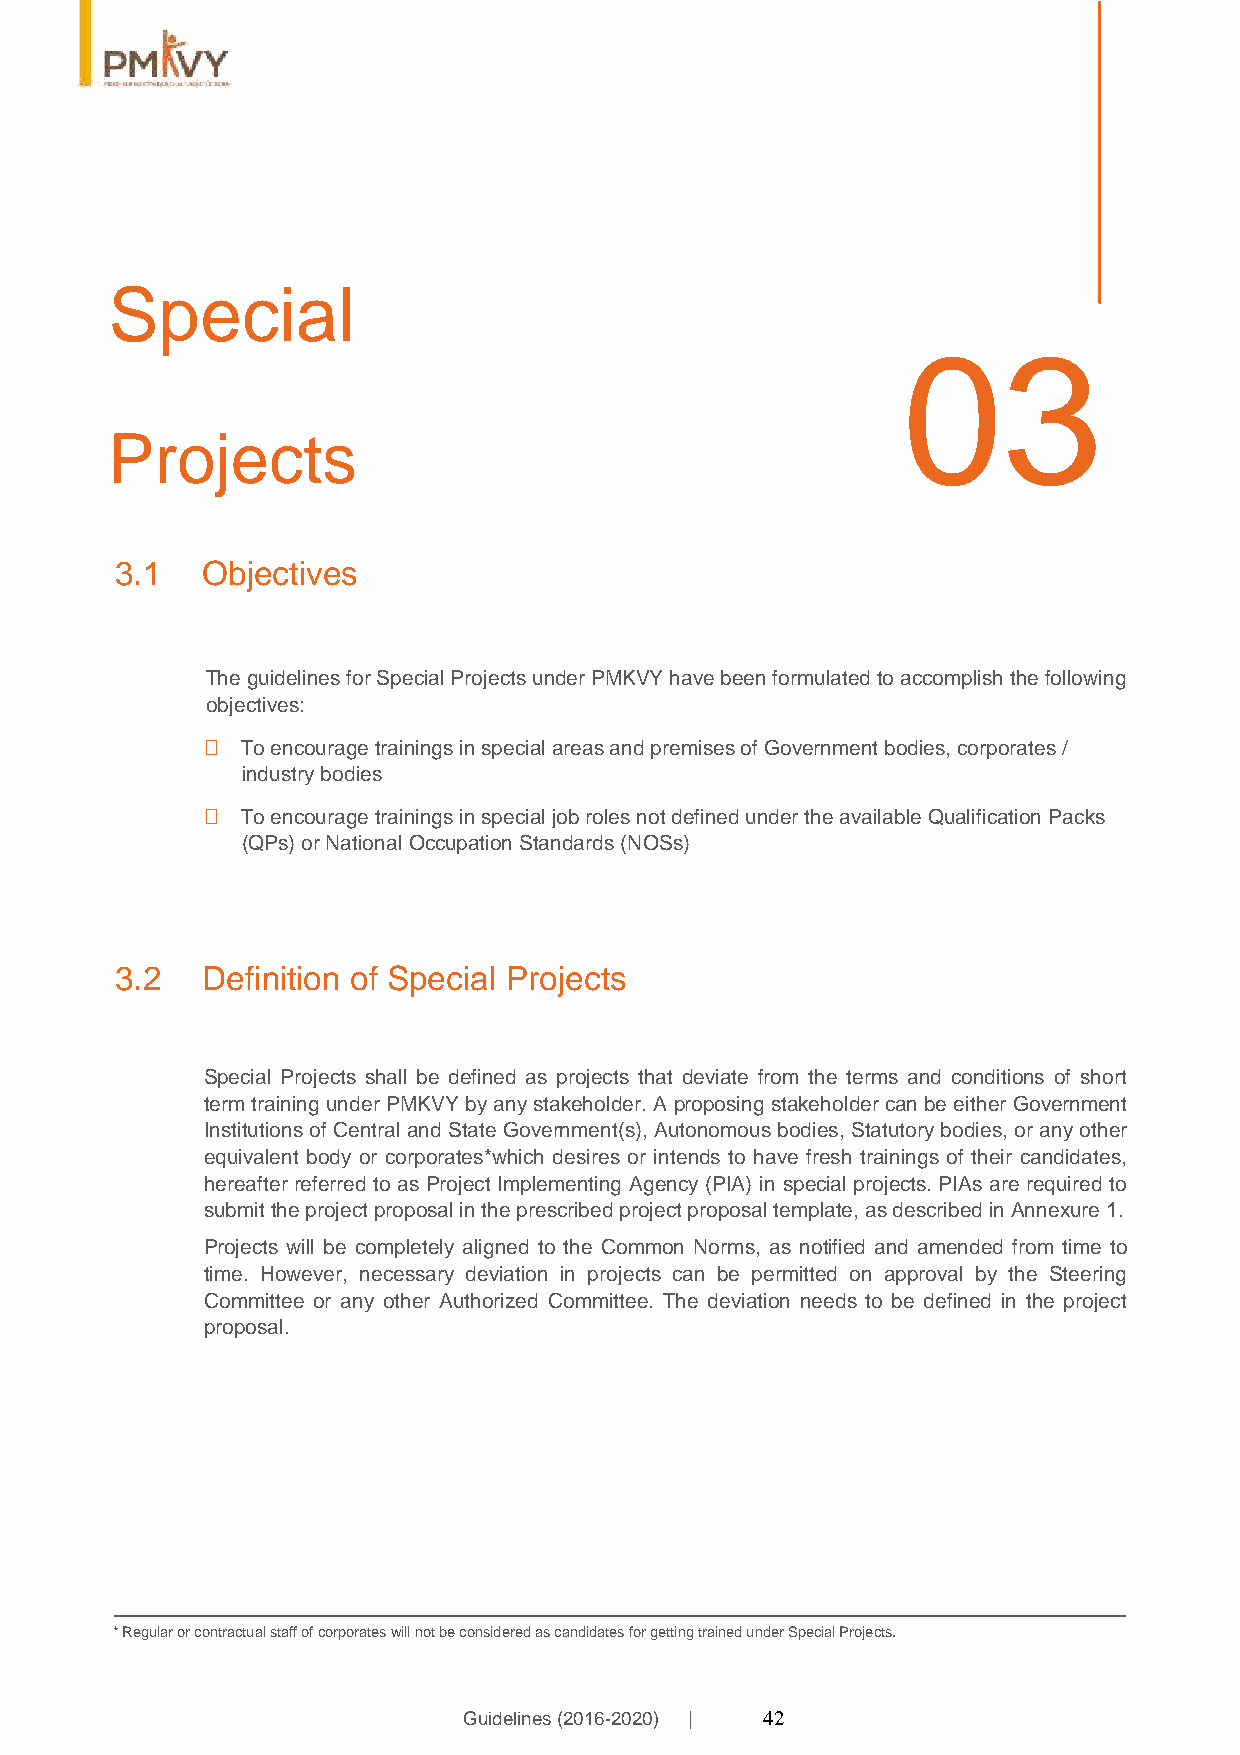
Special
 03
 Projects
 3.1  Objectives
 The guidelines for Special Projects under PMKVY have been formulated to accomplish the following
 objectives:
  To encourage trainings in special areas and premises of Government bodies, corporates /
 industry bodies
  To encourage trainings in special job roles not defined under the available Qualification Packs
 (QPs) or National Occupation Standards (NOSs)
 3.2  Definition of Special Projects
 Special Projects shall be defined as projects that deviate from the terms and conditions of short
 term training under PMKVY by any stakeholder. A proposing stakeholder can be either Government
 Institutions of Central and State Government(s), Autonomous bodies, Statutory bodies, or any other
 equivalent body or corporates*which desires or intends to have fresh trainings of their candidates,
 hereafter referred to as Project Implementing Agency (PIA) in special projects. PIAs are required to
 submit the project proposal in the prescribed project proposal template, as described in Annexure 1.
 Projects will be completely aligned to the Common Norms, as notified and amended from time to
 time. However, necessary deviation in projects can be permitted on approval by the Steering
 Committee or any other Authorized Committee. The deviation needs to be defined in the project
 proposal.
 * Regular or contractual staff of corporates will not be considered as candidates for getting trained under Special Projects.
 Guidelines (2016-2020) | 42